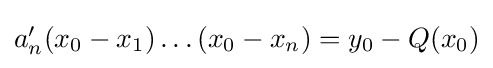
{\textstyle a'_{n}(x_{0}-x_{1})\ldots (x_{0}-x_{n})=y_{0}-Q(x_{0})}